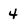
Character: 4